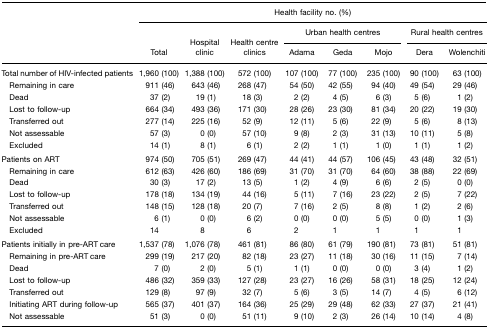
<table><thead><tr><td></td><td colspan="8"><b>Health facility no. (%)</b></td></tr><tr><td></td><td></td><td></td><td></td><td colspan="3"><b>Urban health centres</b></td><td colspan="2"><b>Rural health centres</b></td></tr><tr><td></td><td rowspan="2"><b>Total</b></td><td rowspan="2"><b>Hospital clinic</b></td><td rowspan="2"><b>Health centre clinics</b></td><td colspan="3"></td><td colspan="2"></td></tr><tr><td></td><td><b>Adama</b></td><td><b>Geda</b></td><td><b>Mojo</b></td><td><b>Dera</b></td><td><b>Wolenchiti</b></td></tr></thead><tbody><tr><td>Total number of HIV-infected patients</td><td>1,960 (100)</td><td>1,388 (100)</td><td>572 (100)</td><td>107 (100)</td><td>77 (100)</td><td>235 (100)</td><td>90 (100)</td><td>63 (100)</td></tr><tr><td> Remaining in care</td><td>911 (46)</td><td>643 (46)</td><td>268 (47)</td><td>54 (50)</td><td>42 (55)</td><td>94 (40)</td><td>49 (54)</td><td>29 (46)</td></tr><tr><td> Dead</td><td>37 (2)</td><td>19 (1)</td><td>18 (3)</td><td>2 (2)</td><td>4 (5)</td><td>6 (3)</td><td>5 (6)</td><td>1 (2)</td></tr><tr><td> Lost to follow-up</td><td>664 (34)</td><td>493 (36)</td><td>171 (30)</td><td>28 (26)</td><td>23 (30)</td><td>81 (34)</td><td>20 (22)</td><td>19 (30)</td></tr><tr><td> Transferred out</td><td>277 (14)</td><td>225 (16)</td><td>52 (9)</td><td>12 (11)</td><td>5 (6)</td><td>22 (9)</td><td>5 (6)</td><td>8 (13)</td></tr><tr><td> Not assessable</td><td>57 (3)</td><td>0 (0)</td><td>57 (10)</td><td>9 (8)</td><td>2 (3)</td><td>31 (13)</td><td>10 (11)</td><td>5 (8)</td></tr><tr><td> Excluded</td><td>14 (1)</td><td>8 (1)</td><td>6 (1)</td><td>2 (2)</td><td>1 (1)</td><td>1 (0)</td><td>1 (1)</td><td>1 (2)</td></tr><tr><td>Patients on ART</td><td>974 (50)</td><td>705 (51)</td><td>269 (47)</td><td>44 (41)</td><td>44 (57)</td><td>106 (45)</td><td>43 (48)</td><td>32 (51)</td></tr><tr><td> Remaining in care</td><td>612 (63)</td><td>426 (60)</td><td>186 (69)</td><td>31 (70)</td><td>31 (70)</td><td>64 (60)</td><td>38 (88)</td><td>22 (69)</td></tr><tr><td> Dead</td><td>30 (3)</td><td>17 (2)</td><td>13 (5)</td><td>1 (2)</td><td>4 (9)</td><td>6 (6)</td><td>2 (5)</td><td>0 (0)</td></tr><tr><td> Lost to follow-up</td><td>178 (18)</td><td>134 (19)</td><td>44 (16)</td><td>5 (11)</td><td>7 (16)</td><td>23 (22)</td><td>2 (5)</td><td>7 (22)</td></tr><tr><td> Transferred out</td><td>148 (15)</td><td>128 (18)</td><td>20 (7)</td><td>7 (16)</td><td>2 (5)</td><td>8 (8)</td><td>1 (2)</td><td>2 (6)</td></tr><tr><td> Not assessable</td><td>6 (1)</td><td>0 (0)</td><td>6 (2)</td><td>0 (0)</td><td>0 (0)</td><td>5 (5)</td><td>0 (0)</td><td>1 (3)</td></tr><tr><td> Excluded</td><td>14</td><td>8</td><td>6</td><td>2</td><td>1</td><td>1</td><td>1</td><td>1</td></tr><tr><td>Patients initially in pre-ART care</td><td>1,537 (78)</td><td>1,076 (78)</td><td>461 (81)</td><td>86 (80)</td><td>61 (79)</td><td>190 (81)</td><td>73 (81)</td><td>51 (81)</td></tr><tr><td> Remaining in pre-ART care</td><td>299 (19)</td><td>217 (20)</td><td>82 (18)</td><td>23 (27)</td><td>11 (18)</td><td>30 (16)</td><td>11 (15)</td><td>7 (14)</td></tr><tr><td> Dead</td><td>7 (0)</td><td>2 (0)</td><td>5 (1)</td><td>1 (1)</td><td>0 (0)</td><td>0 (0)</td><td>3 (4)</td><td>1 (2)</td></tr><tr><td> Lost to follow-up</td><td>486 (32)</td><td>359 (33)</td><td>127 (28)</td><td>23 (27)</td><td>16 (26)</td><td>58 (31)</td><td>18 (25)</td><td>12 (24)</td></tr><tr><td> Transferred out</td><td>129 (8)</td><td>97 (9)</td><td>32 (7)</td><td>5 (6)</td><td>3 (5)</td><td>14 (7)</td><td>4 (5)</td><td>6 (12)</td></tr><tr><td> Initiating ART during follow-up</td><td>565 (37)</td><td>401 (37)</td><td>164 (36)</td><td>25 (29)</td><td>29 (48)</td><td>62 (33)</td><td>27 (37)</td><td>21 (41)</td></tr><tr><td> Not assessable</td><td>51 (3)</td><td>0 (0)</td><td>51 (11)</td><td>9 (10)</td><td>2 (3)</td><td>26 (14)</td><td>10 (14)</td><td>4 (8)</td></tr></tbody></table>